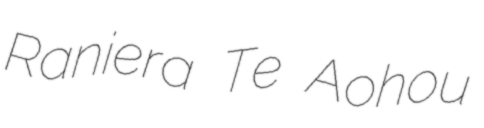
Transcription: Raniera Te Aohou